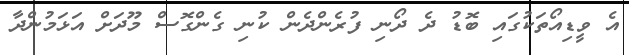
އެ ވީޑިއޯތަކުގައި ބޮޑު ދެ ދޯނި ފުރެންދެން ކުނި ގެންގޮސް މޫދަށް އަޅަމުންދާ